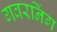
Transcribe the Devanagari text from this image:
गवरनिंग